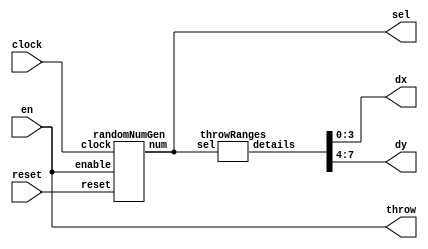
module AI (input reset, input clock, input en, output throw, output [3:0] dx, dy, sel);
	wire clockwire;
	wire [3:0] numwire;
	wire [7:0] throwDetails;
	//wire [7:0]td;
		
	
	//clockSignalGen csg1(.clock(clock50), .gameOver(gameOver), .reset(reset), .clockSignal(clockwire));
	randomNumGen rng1(.clock(clock), .reset(reset), .enable(en), .num(numwire)); 
	throwRanges tr1(.sel(numwire), .details(throwDetails));
	
	assign throw = en;
	
	assign dy = throwDetails[7:4];
	assign dx = throwDetails[3:0];
	assign sel = numwire;
	//assgin throw = clockwire;
	
endmodule


module clockSignalGen(input clock, input gameOver, input reset, output clockSignal);
		
		reg [27:0]count;
	
	always @(posedge clock)
		begin 
			if (reset == 1'b1 || gameOver == 1'b1)
				count <= 28'b1011111010111100001000000000;
				
			else if (count == 0)
				count <= 28'b1011111010111100001000000000;
			else
				count <= count - 1;
		end
	
				assign clockSignal = (count == 0)?1:0;
			
			
endmodule 


module randomNumGen (input clock, input reset, input enable, output reg[3:0]num);

	
	
	reg [18:0] rand, randnxt, randdon;
	//reg [2:0] counter, counternext;
	
	wire fb = rand[18] ^ rand[5] ^ rand[1] ^ rand[0];
	
	always @ (posedge clock or posedge reset) 
	begin
		if (reset == 1)
				begin 
					rand <= 19'b1111111111111111111;
					//num <= 4'b0000;
					//randdon <= 19'b1111111111111111111;
					//count <= 0;
				end
		else
				begin 
				 rand <= randnxt;
				 //counter = counternext;
				end 
	end
	
	always @(*)
		begin 
			randnxt = rand;
			//counternext = count;
				
				randnxt = {rand[17:0],fb};
				//countnext = counter + 1;
				
//		if(counter == 8)
//			begin 
//				counter = 0;
			randdon = rand;
//			end
		
	//	detail = randdon[3:0]
		
		end 
		
	always @(randdon)
		begin
			if (enable == 1)
				begin 
					num = randdon[3:0];
				end
		end
		
endmodule



module throwRanges (input [3:0] sel, output reg [7:0]details);
	
	
	always@(sel)
		begin 
			case(sel)
				4'b0000: details = {4'b0001, 4'b0010};
				4'b0001: details = {4'b0010, 4'b0100};
				4'b0010: details = {4'b0010, 4'b0011};
				4'b0011: details = {4'b0010, 4'b0011};
				4'b0100: details = {4'b0001, 4'b0010};
				4'b0101: details = {4'b0010, 4'b0010};
				4'b0110: details = {4'b0010, 4'b0011};
				4'b0111: details = {4'b0010, 4'b0100};
				4'b1000: details = {4'b0010, 4'b0011};
				4'b1001: details = {4'b0001, 4'b0010};
				4'b1010: details = {4'b0010, 4'b0011};
				4'b1011: details = {4'b0010, 4'b0100};
				4'b1100: details = {4'b0010, 4'b0010};
				4'b1101: details = {4'b0010, 4'b0011};
				4'b1110: details = {4'b0001, 4'b0010};
				4'b1111: details = {4'b0010, 4'b0100};
				default : details = {4'b0001,4'b0010};
			endcase
		end
		
endmodule


module HEX(B,S);
    input [3:0]B;
	 output [6:0]S;
    wire [6:0]W; wire [3:0]D;
    assign D = B;
    assign W[0] = !((!D[0]|D[1]|D[2]|D[3]) & (D[0]|D[1]|!D[2]|D[3]) & (!D[0]|!D[1]|D[2]|!D[3]) & (!D[0]|D[1]|!D[2]|!D[3]));
    assign W[1] = !((!D[0]|D[1]|!D[2]|D[3]) & (D[0]|!D[1]|!D[2]|D[3]) & (!D[0]|!D[1]|D[2]|!D[3]) & (D[0]|D[1]|!D[2]|!D[3]) & (D[0]|!D[1]|!D[2]|!D[3]) & (!D[0]|!D[1]|!D[2]|!D[3]));
    assign W[2] = !((D[0]|!D[1]|D[2]|D[3]) & (D[0]|D[1]|!D[2]|!D[3]) & (D[0]|!D[1]|!D[2]|!D[3]) & (!D[0]|!D[1]|!D[2]|!D[3]));
    assign W[3] = !((!D[0]|D[1]|D[2]|D[3]) & (D[0]|D[1]|!D[2]|D[3]) & (!D[0]|!D[1]|!D[2]|D[3]) & (D[0]|!D[1]|D[2]|!D[3]) & (!D[0]|!D[1]|!D[2]|!D[3]));
    assign W[4] = !((!D[0]|D[1]|D[2]|D[3]) & (!D[0]|!D[1]|D[2]|D[3]) & (D[0]|D[1]|!D[2]|D[3]) & (!D[0]|D[1]|!D[2]|D[3]) & (!D[0]|!D[1]|!D[2]|D[3]) & (!D[0]|D[1]|D[2]|!D[3]));
    assign W[5] = !((!D[0]|D[1]|D[2]|D[3]) & (D[0]|!D[1]|D[2]|D[3]) & (!D[0]|!D[1]|D[2]|D[3]) & (!D[0]|!D[1]|!D[2]|D[3])&(!D[0]|D[1]|!D[2]|!D[3]));
    assign W[6] = !((D[0]|D[1]|D[2]|D[3]) & (!D[0]|D[1]|D[2]|D[3]) & (!D[0]|!D[1]|!D[2]|D[3]) & (D[0]|D[1]|!D[2]|!D[3]));
    assign S = W;
endmodule